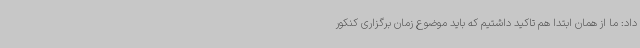
داد: ما از همان ابتدا هم تاکید داشتیم که باید موضوع زمان برگزاری کنکور